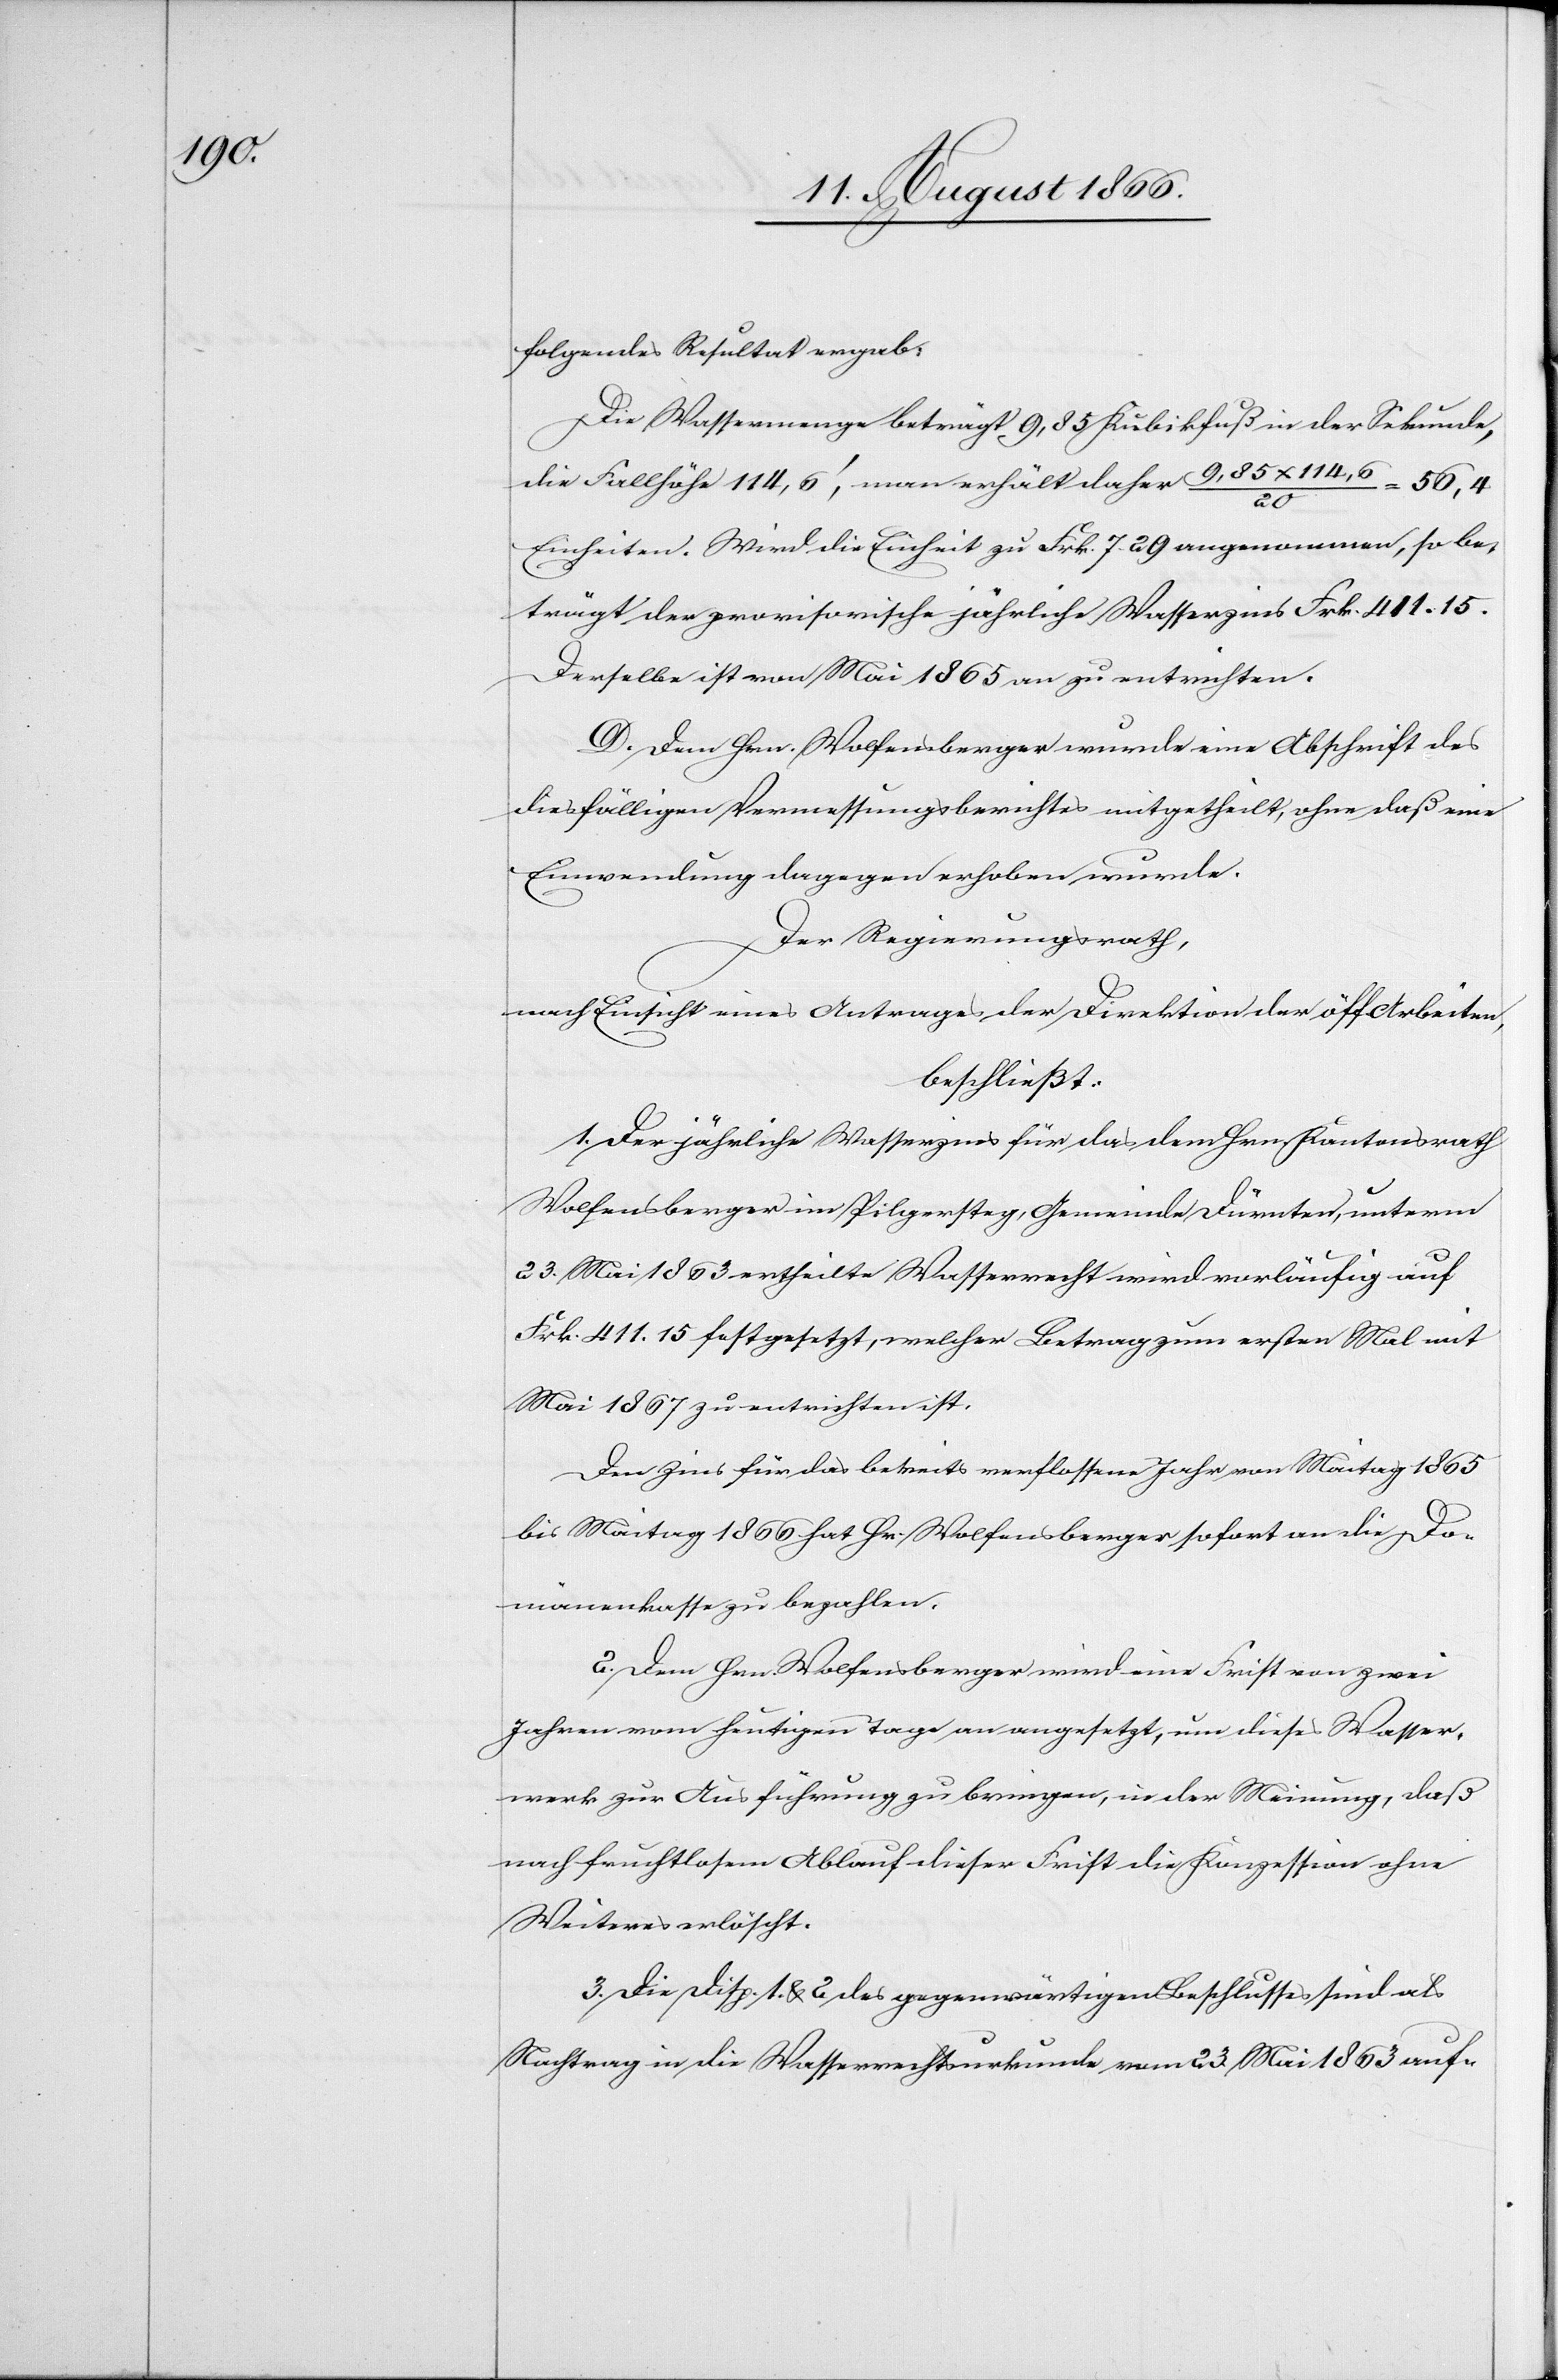
folgendes Resultat ergab:
Die Wassermenge beträgt 9,85 Kubikfuß in der Sekunde,
die Fallhöhe 114,6‘, man erhält daher 9,85 x 114,6 /
20
Einheiten. Wird die Einheit zu Frk. 7.29 angenommen, so be¬
trägt der provisorische jährliche Wasserzins Frk. 411,15.
Derselbe ist vom Mai 1865 an zu entrichten.
D. Dem Hrn. Wolfensberger wurde eine Abschrift des
diesfälligen Vermessungsberichtes mitgetheilt, ohne daß eine
Einwendung dagegen erhoben wurde.
Der Regierungsrath,
nach Einsicht eines Antrages der Direktion der öff. Arbeiten,
beschließt:
1. Der jährliche Wasserzins für das dem Hrn. Kantonsrath
Wolfensberger im Pilgersteg, Gemeinde Dürnten, unterm
23. Mai 1863 ertheilte Wasserrecht wird vorläufig auf
Frk. 411.15 festgesetzt, welcher Betrag zum ersten Mal mit
Mai 1867 zu entrichten ist.
Den Zins für das bereits verflossene Jahr von Maitag 1865
bis Maitag 1866 hat Hr. Wolfensberger sofort an die Do¬
mänenkassa zu bezahlen.
2. Dem Hrn. Wolfensberger wird eine Frist von zwei
Jahren vom heutigen Tage an angesetzt, um dieses Wasser¬
werk zur Ausführung zu bringen, in der Meinung, daß
nach fruchtlosem Ablauf dieser Frist die Konzession ohne
Weiteres erlöscht.
3. Die Disp. 1. u. 2. des gegenwärtigen Beschlusses sind als
Nachtrag in die Wasserrechtsurkunde vom 23. Mai 1863 auf-